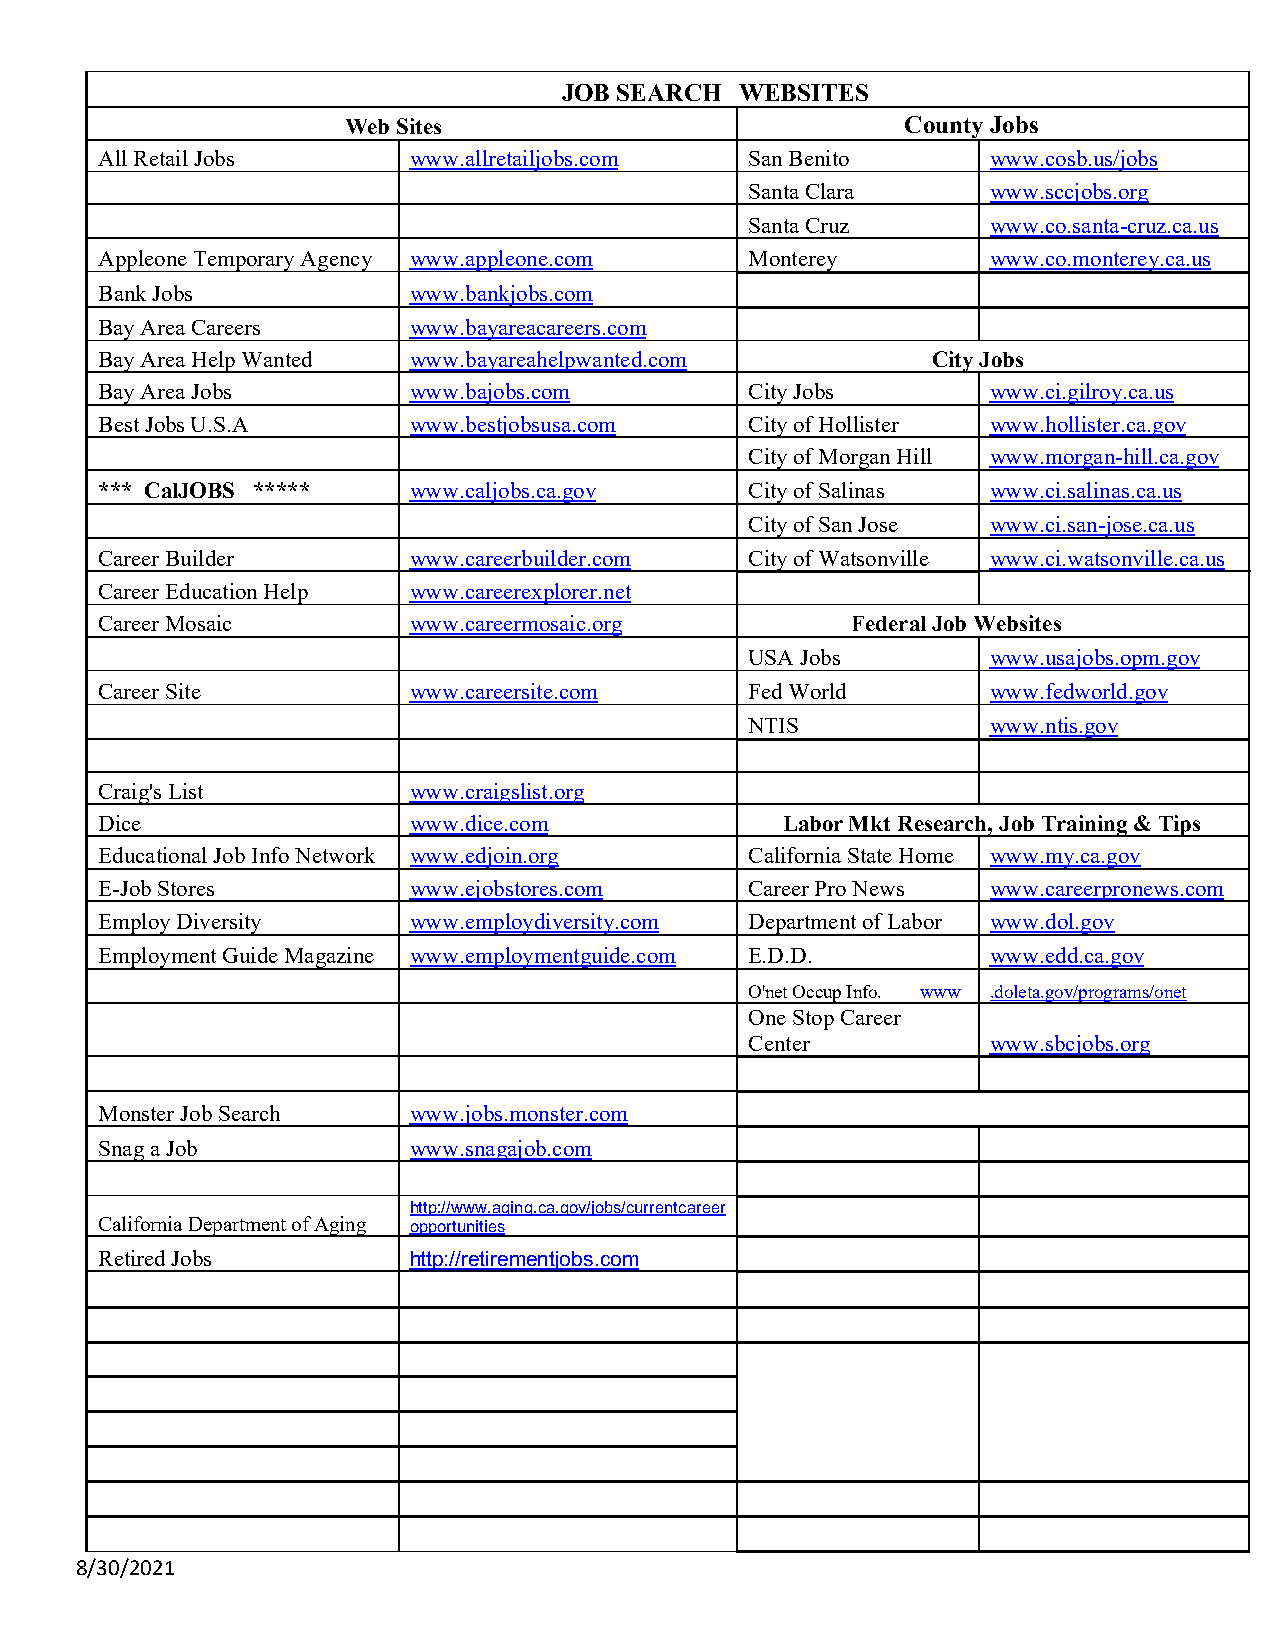
JOB SEARCH  WEBSITES
 Web Sites                            County Jobs
 All Retail Jobs     www.allretailjobs.com  San Benito      www.cosb.us/jobs
 Santa Clara     www.sccjobs.org
 Santa Cruz      www.co.santa-cruz.ca.us
 Appleone Temporary Agency www.appleone.com Monterey        www.co.monterey.ca.us
 Bank Jobs           www.bankjobs.com
 Bay Area Careers    www.bayareacareers.com
 Bay Area Help Wanted www.bayareahelpwanted.com         City Jobs
 Bay Area Jobs       www.bajobs.com         City Jobs       www.ci.gilroy.ca.us
 Best Jobs U.S.A     www.bestjobsusa.com    City of Hollister www.hollister.ca.gov
 City of Morgan Hill www.morgan-hill.ca.gov
 *** CalJOBS *****   www.caljobs.ca.gov     City of Salinas www.ci.salinas.ca.us
 City of San Jose www.ci.san-jose.ca.us
 Career Builder      www.careerbuilder.com  City of Watsonville www.ci.watsonville.ca.us
 Career Education Help www.careerexplorer.net
 Career Mosaic       www.careermosaic.org         Federal Job Websites
 USA Jobs        www.usajobs.opm.gov
 Career Site         www.careersite.com     Fed World       www.fedworld.gov
 NTIS            www.ntis.gov
 Craig's List        www.craigslist.org
 Dice                www.dice.com             Labor Mkt Research, Job Training & Tips
 Educational Job Info Network www.edjoin.org California State Home www.my.ca.gov
 E-Job Stores        www.ejobstores.com     Career Pro News www.careerpronews.com
 Employ Diversity    www.employdiversity.com Department of Labor www.dol.gov
 Employment Guide Magazine www.employmentguide.com E.D.D.   www.edd.ca.gov
 O'net Occup Info. www .doleta.gov/programs/onet
 One Stop Career
 Center          www.sbcjobs.org
 Monster Job Search  www.jobs.monster.com
 Snag a Job          www.snagajob.com
 http://www.aging.ca.gov/jobs/currentcareer
 California Department of Aging opportunities
 Retired Jobs        http://retirementjobs.com
 8/30/2021